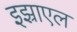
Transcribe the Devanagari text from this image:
इझ्राएल